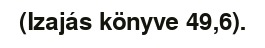
(Izajás könyve 49,6).